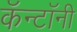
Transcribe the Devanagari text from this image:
कॅन्टॉनी